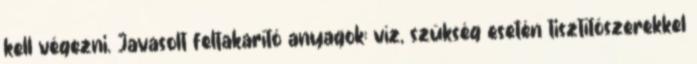
kell végezni. Javasolt feltakarító anyagok: víz, szükség esetén tisztítószerekkel